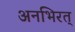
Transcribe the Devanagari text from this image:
अनभिरत्